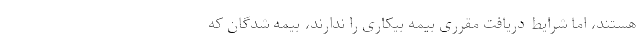
هستند، اما شرایط دریافت مقرری بیمه بیکاری را ندارند، بیمه شدگان که